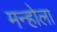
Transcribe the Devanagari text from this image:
मन्होला